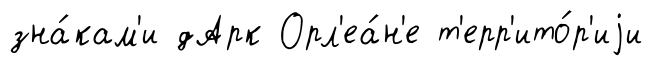
зна́кам'и дАрк Орл'еа́н'е т'ерр'ито́р'иjи